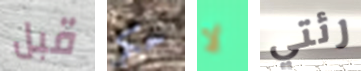
قبل حكم لا رئتي